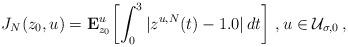
LaTeX: \begin{align*} J_N(z_0, u) = \mathbf{E}_{z_0}^u\!\left[\int_0^{3} |z^{u,N}(t) - 1.0|\, dt\right] \,, u \in \mathcal{U}_{\sigma, 0}\,, \end{align*}